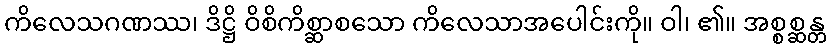
ကိလေသဂဏဿ၊ ဒိဋ္ဌိ ဝိစိကိစ္ဆာစသော ကိလေသာအပေါင်းကို။ ဝါ၊ ၏။ အစ္စစ္ဆန္တ